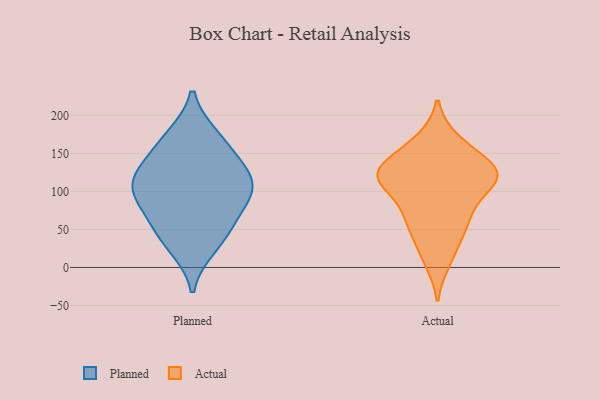
{"axis": {"x": "Bounce Rate (%)", "y": "Value"}, "legend": ["Actual", "Planned"], "data": [{"x": "", "y": 98, "type": "Planned"}, {"x": "", "y": 73, "type": "Planned"}, {"x": "", "y": 110, "type": "Planned"}, {"x": "", "y": 27, "type": "Planned"}, {"x": "", "y": 102, "type": "Planned"}, {"x": "", "y": 40, "type": "Planned"}, {"x": "", "y": 172, "type": "Planned"}, {"x": "", "y": 109, "type": "Planned"}, {"x": "", "y": 127, "type": "Planned"}, {"x": "", "y": 61, "type": "Planned"}, {"x": "", "y": 139, "type": "Planned"}, {"x": "", "y": 167, "type": "Planned"}, {"x": "", "y": 10, "type": "Actual"}, {"x": "", "y": 121, "type": "Actual"}, {"x": "", "y": 128, "type": "Actual"}, {"x": "", "y": 100, "type": "Actual"}, {"x": "", "y": 163, "type": "Actual"}, {"x": "", "y": 70, "type": "Actual"}, {"x": "", "y": 56, "type": "Actual"}, {"x": "", "y": 115, "type": "Actual"}, {"x": "", "y": 63, "type": "Actual"}, {"x": "", "y": 21, "type": "Actual"}, {"x": "", "y": 118, "type": "Actual"}, {"x": "", "y": 119, "type": "Actual"}, {"x": "", "y": 59, "type": "Actual"}, {"x": "", "y": 125, "type": "Actual"}, {"x": "", "y": 166, "type": "Actual"}, {"x": "", "y": 118, "type": "Actual"}, {"x": "", "y": 145, "type": "Actual"}, {"x": "", "y": 124, "type": "Actual"}]}